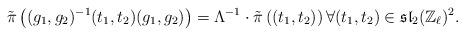
LaTeX: \begin{align*}\tilde{\pi}\left( (g_1,g_2)^{-1} (t_1,t_2) (g_1,g_2) \right) = \Lambda^{-1} \cdot \tilde{\pi} \left( (t_1,t_2) \right) \forall (t_1,t_2) \in \mathfrak{sl}_2(\mathbb{Z}_\ell)^2.\end{align*}